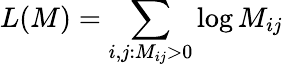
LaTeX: L(M)=\sum_{i,j:M_{ij}>0}\log M_{ij}